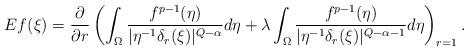
LaTeX: \begin{align*} Ef(\xi)=\frac{\partial}{\partial r}\left(\int_\Omega \frac{f^{p-1}(\eta)}{|\eta^{-1}\delta_r(\xi)|^{Q-\alpha}}d\eta + \lambda \int_\Omega \frac{f^{p-1}(\eta)}{|\eta^{-1}\delta_r(\xi)|^{Q-\alpha-1}}d\eta\right)_{r=1}.\end{align*}